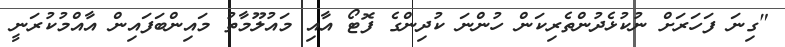
"ގިނަ ފަހަރަށް ނުކުޅެދުންތެރިކަން ހުންނަ ކުދިންގެ ފޮޓޯ އާއި މައުލޫމާތު މައިންބަފައިން އާއްމުކުރަނީ